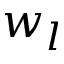
w _ { l }